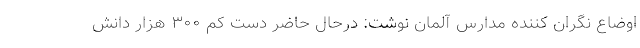
اوضاع نگران کننده مدارس آلمان نوشت: درحال حاضر دست کم ۳۰۰ هزار دانش